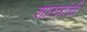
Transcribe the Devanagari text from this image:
शास्त्रांशी